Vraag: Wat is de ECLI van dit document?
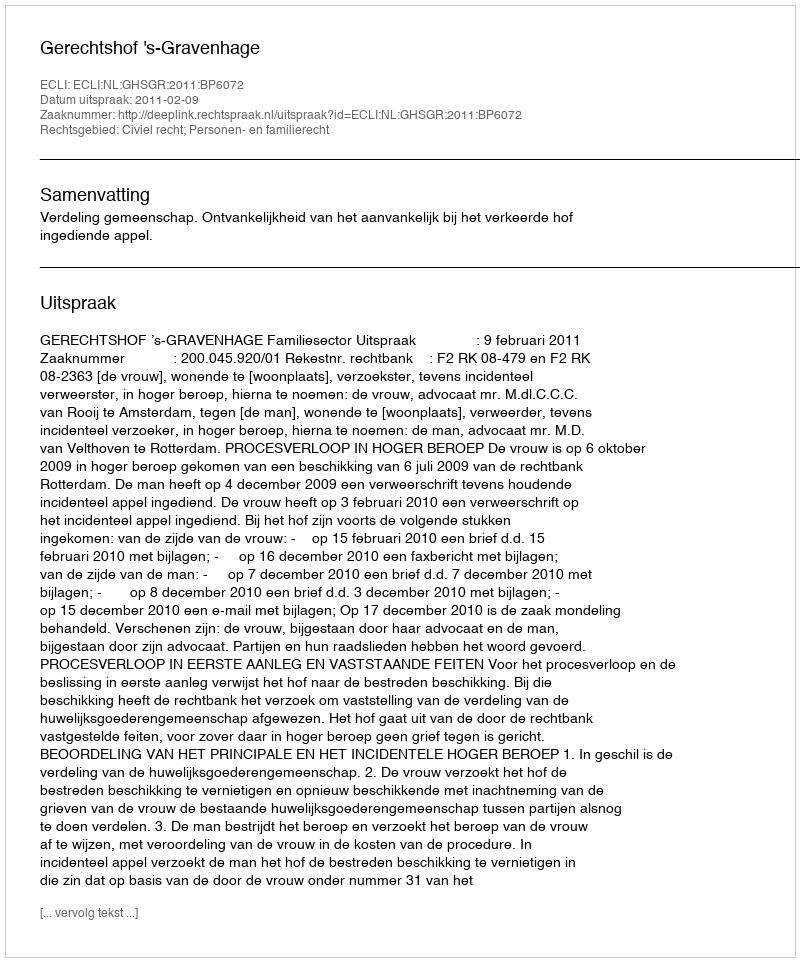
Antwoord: ECLI:NL:GHSGR:2011:BP6072